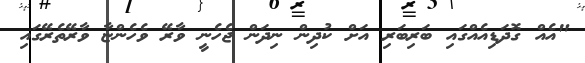
"އެއް ގޮދަޑިއެއްގައި ބަރިބަރި އަށް ކުދިން ނިދަން ޖެހެނީ ވާރޭ ވެހެންޏާ ވާރޭތެރޭގައި